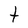
Character: t